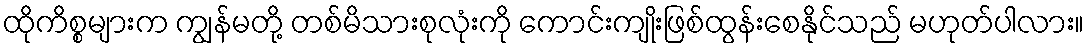
ထိုကိစ္စများက ကျွန်မတို့ တစ်မိသားစုလုံးကို ကောင်းကျိုးဖြစ်ထွန်းစေနိုင်သည် မဟုတ်ပါလား။